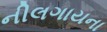
નીલગાયના